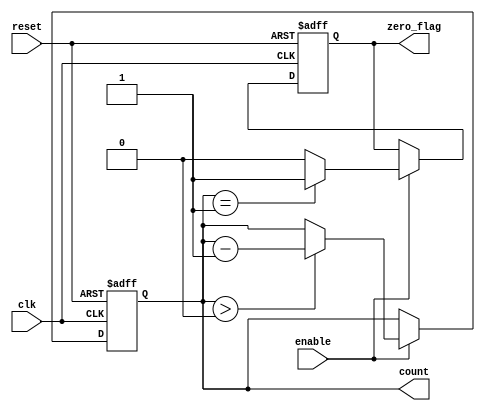
module decremental_counter #(
    parameter MAX_COUNT = 8  // Define the maximum count value (in bits)
)(
    input wire clk,           // Clock signal
    input wire reset,         // Reset signal
    input wire enable,        // Enable signal for decrementing
    output reg [MAX_COUNT-1:0] count, // Current count value
    output reg zero_flag      // Flag to indicate when count reaches zero
);

    // Initialize the count value to MAX_COUNT on reset
    always @(posedge clk or posedge reset) begin
        if (reset) begin
            count <= MAX_COUNT; // Reset to maximum count value
            zero_flag <= 0;     // Reset zero flag
        end else if (enable) begin
            if (count > 0) begin
                count <= count - 1; // Decrement the count
            end
            // Update zero_flag based on the current count
            zero_flag <= (count == 1) ? 1 : 0; // Set flag when count reaches zero
        end
    end

endmodule